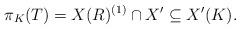
LaTeX: \begin{align*}\pi_K(T) = X(R)^{(1)} \cap X' \subseteq X'(K).\end{align*}